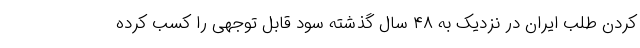
کردن طلب ایران در نزدیک به ۴۸ سال‌ گذشته سود قابل توجهی را کسب کرده